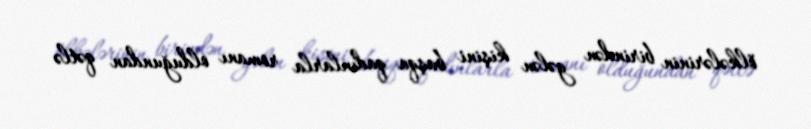
ölkələrinin birindən gələn kişini başqa qadınlarla romanı olduğundan qətlə